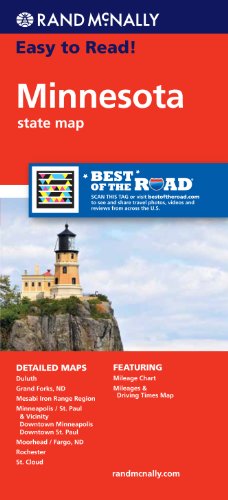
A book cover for Rand McNally Easy To Read: Minnesota State Map; Rand McNally; Travel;